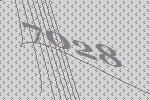
7028